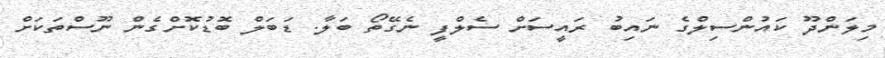
މިލަންދޫ ކައުންސިލްގެ ނައިބު ރައީސަށް ސެލްފީ ނެގޭތޯ ބަލާ. ޑަބަލް ބޮޑުކޮށްގެން ނޫސްތަކަށް